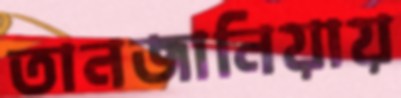
তানজানিয়ায়